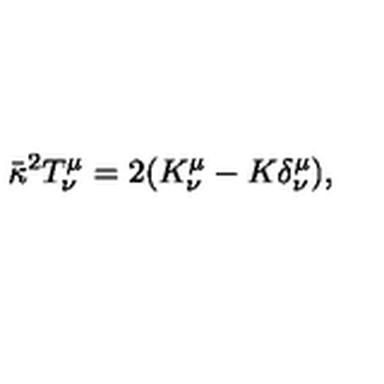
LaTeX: { \bar { \kappa } } ^ { 2 } T _ { \nu } ^ { \mu } = 2 ( K _ { \nu } ^ { \mu } - K \delta _ { \nu } ^ { \mu } ) ,